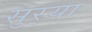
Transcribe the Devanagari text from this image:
सुर्‍या